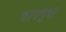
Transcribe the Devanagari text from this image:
चापनुमा